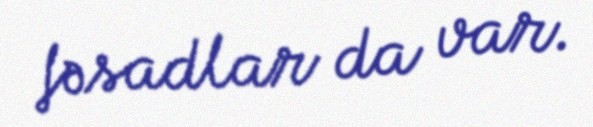
fəsadlar da var.